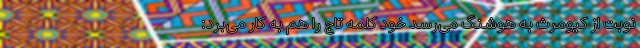
نوبت از کیومرث به هوشنگ می‌رسد خود کلمه تاج را هم به کار می‌برد: